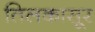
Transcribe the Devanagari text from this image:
तिलकासूर